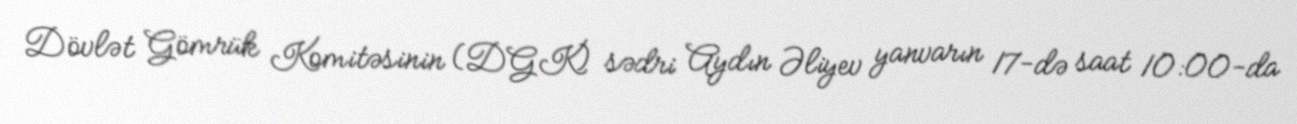
Dövlət Gömrük Komitəsinin (DGK) sədri Aydın Əliyev yanvarın 17-də saat 10:00-da